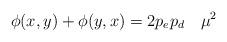
LaTeX: \begin{align*}\phi(x,y)+\phi(y,x)=2p_ep_d ~~~ \mu^2 \end{align*}